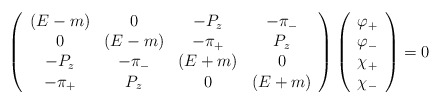
\begin{align*}\left( \begin{array}{cccc}(E-m) & 0 & -P_{z} & -\pi _{-} \\ 0 & (E-m) & -\pi _{+} & P_{z} \\ -P_{z} & -\pi _{-} & (E+m) & 0 \\ -\pi _{+} & P_{z} & 0 & (E+m)\end{array}\right) \left( \begin{array}{c}\varphi _{+} \\ \varphi _{-} \\ \chi _{+} \\ \chi _{-}\end{array}\right) =0 \end{align*}